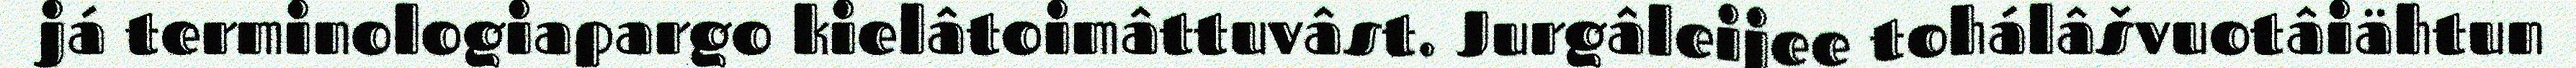
já terminologiapargo kielâtoimâttuvâst. Jurgâleijee tohálâšvuotâiähtun